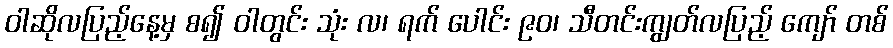
ဝါဆိုလပြည့်နေ့မှ စ၍ ဝါတွင်း သုံး လ၊ ရက် ပေါင်း ၉၀၊ သီတင်းကျွတ်လပြည့် ကျော် တစ်